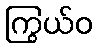
ကြွယ်ဝ